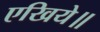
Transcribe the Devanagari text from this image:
एखिये॥